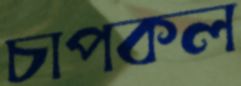
চাপকল